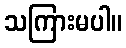
သကြားမပါ။